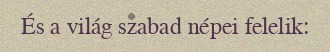
És a világ szabad népei felelik: